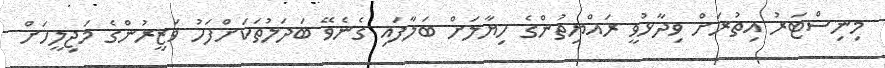
މިނިސްޓަރު އިތުރަށް ވިދާޅުވީ ރައްޔިތުންގެ ހިޔާލަށް ބަލާފައި ގެނެވޭ ބަދަލުތަކަށްފަހު ވަޒީރުންގެ މަޖިލީހަށް